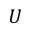
U